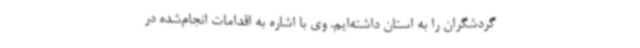
گردشگران را به استان داشته‌ایم. وی با اشاره به اقدامات انجام‌شده در